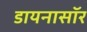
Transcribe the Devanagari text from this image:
डायनासॉर